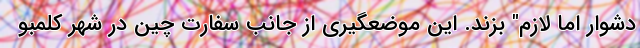
دشوار اما لازم" بزند. این موضعگیری از جانب سفارت چین در شهر کلمبو